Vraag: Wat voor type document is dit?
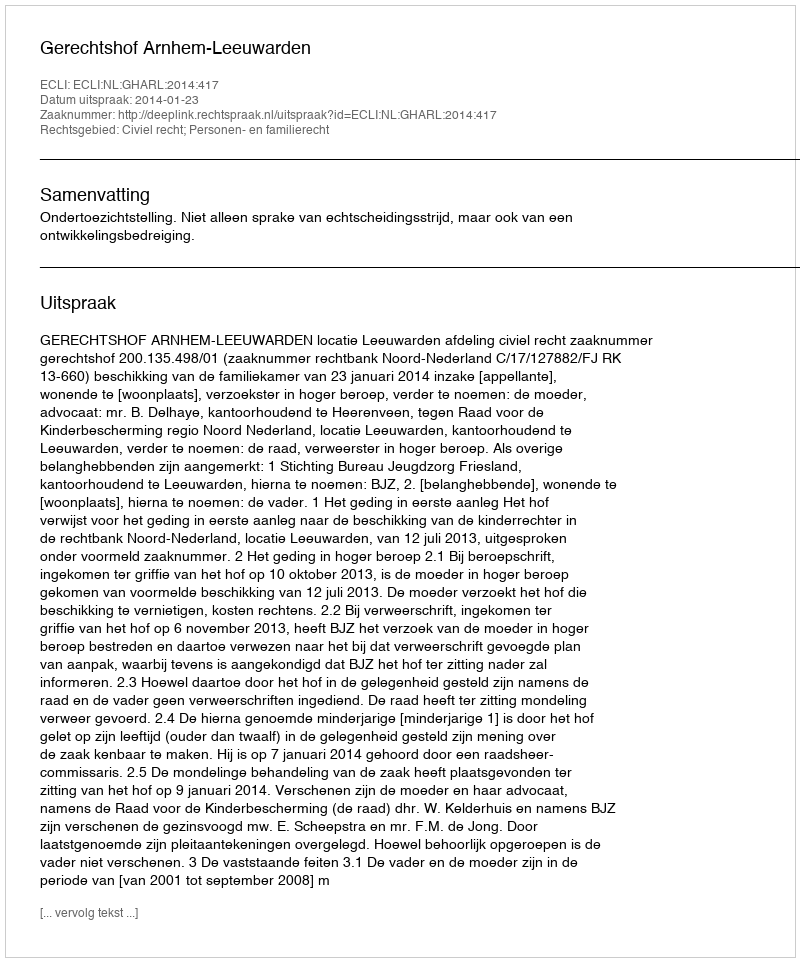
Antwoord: Uitspraak